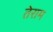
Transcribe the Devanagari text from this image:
तेराम